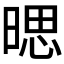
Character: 𱢔